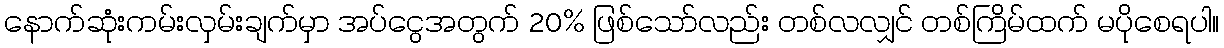
နောက်ဆုံးကမ်းလှမ်းချက်မှာ အပ်ငွေအတွက် 20% ဖြစ်သော်လည်း တစ်လလျှင် တစ်ကြိမ်ထက် မပိုစေရပါ။